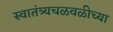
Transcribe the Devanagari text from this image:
स्वातंत्र्यचळवळीच्या